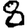
Digit: 8